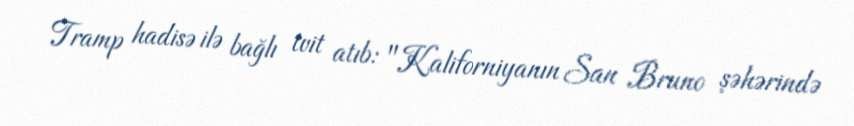
Tramp hadisə ilə bağlı tvit atıb: "Kaliforniyanın San Bruno şəhərində